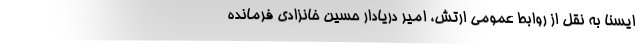
ایسنا به نقل از روابط عمومی ارتش، امیر دریادار حسین خانزادی فرمانده